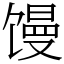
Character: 馒